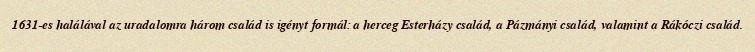
1631-es halálával az uradalomra három család is igényt formál: a herceg Esterházy család, a Pázmányi család, valamint a Rákóczi család.